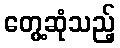
တွေ့ဆုံသည့်